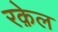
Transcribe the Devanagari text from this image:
रक़ेल